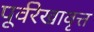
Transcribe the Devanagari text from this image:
पूर्वरेखावृत्त